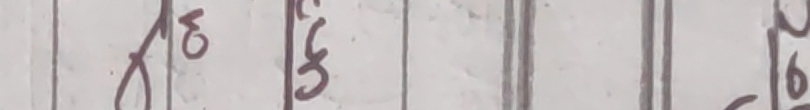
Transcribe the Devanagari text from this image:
को ६